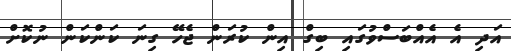
އަދި އެ އެއްބަސްވުުގައި ބިގް އިން ކުރަން ޖެހޭ ގިނަ ކަންކަން ނުކޮށް